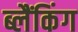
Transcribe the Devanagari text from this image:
ब्लैंकिंग